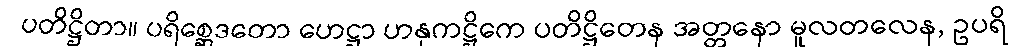
ပတိဋ္ဌိတာ။ ပရိစ္ဆေဒတော ဟေဋ္ဌာ ဟနုကဋ္ဌိကေ ပတိဋ္ဌိတေန အတ္တနော မူလတလေန, ဥပရိ